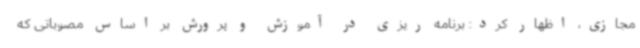
مجازی، اظهار کرد: برنامه ریزی در آموزش و پرورش بر اساس مصوباتی که